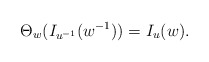
\begin{align*}\Theta_w(I_{u^{-1}}(w^{-1})) = I_u(w).\end{align*}